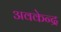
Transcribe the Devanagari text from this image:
अवकेन्द्र